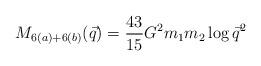
LaTeX: \begin{align*}M_{6(a)+6(b)}(\vec{q})={43\over 15}G^2m_1m_2\log\vec{q}^2\end{align*}